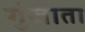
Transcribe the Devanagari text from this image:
गुंजाता